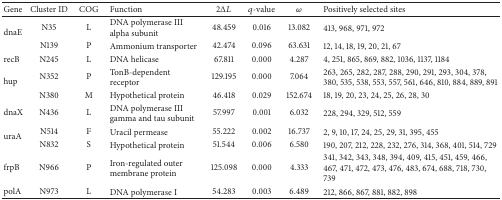
| Gene | Cluster ID | COG | Function | 2ΔL | q-value | ω | Positively selected sites |
 | --- | --- | --- | --- | --- | --- | --- | --- |
 | <ROWSPAN=2> dnaE | N35 | L | DNA polymerase III alpha subunit | 48.459 | 0.016 | 13.082 | 413, 968, 971, 972 |
 | N139 | P | Ammonium transporter | 42.474 | 0.096 | 63.631 | 12, 14, 18, 19, 20, 21, 67 |
 | recB | N245 | L | DNA helicase | 67.811 | 0.000 | 4.287 | 4, 251, 865, 869, 882, 1036, 1137, 1184 |
 | <ROWSPAN=2> hup | N352 | P | TonB-dependent receptor | 129.195 | 0.000 | 7.064 | 263, 265, 282, 287, 288, 290, 291, 293, 304, 378, 380, 535, 538, 553, 557, 561, 646, 810, 884, 889, 891 |
 | N380 | M | Hypothetical protein | 46.418 | 0.029 | 152.674 | 18, 19, 20, 23, 24, 25, 26, 28, 30 |
 | dnaX | N436 | L | DNA polymerase III gamma and tau subunit | 57.997 | 0.001 | 6.032 | 228, 294, 329, 512, 559 |
 | <ROWSPAN=2> uraA | N514 | F | Uracil permease | 55.222 | 0.002 | 16.737 | 2, 9, 10, 17, 24, 25, 29, 31, 395, 455 |
 | N832 | S | Hypothetical protein | 51.544 | 0.006 | 6.580 | 190, 207, 212, 228, 232, 276, 314, 368, 401, 514, 729 |
 | frpB | N966 | P | Iron-regulated outer membrane protein | 125.098 | 0.000 | 4.333 | 341, 342, 343, 348, 394, 409, 415, 451, 459, 466, 467, 471, 472, 473, 476, 483, 674, 688, 718, 730, 739 |
 | polA | N973 | L | DNA polymerase I | 54.283 | 0.003 | 6.489 | 212, 866, 867, 881, 882, 898 |